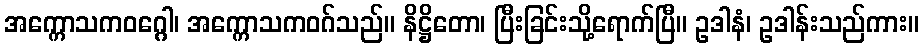
အက္ကောသကဝဂ္ဂေါ၊ အက္ကောသကဝဂ်သည်။ နိဋ္ဌိတော၊ ပြီးခြင်းသို့ရောက်ပြီ။ ဥဒါနံ၊ ဥဒါန်းသည်ကား။